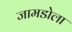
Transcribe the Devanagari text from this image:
जामडोला